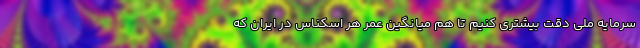
سرمایه ملی دقت بیشتری کنیم تا هم میانگین عمر هر اسکناس در ایران که